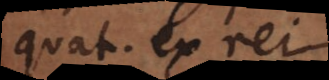
quatenus ex rei